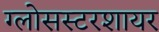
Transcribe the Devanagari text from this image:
ग्लोसस्टरशायर